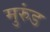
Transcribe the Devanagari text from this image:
मुरुंड